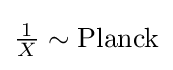
{\tfrac {1}{X}}\sim \mathrm {Planck}